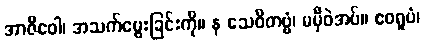
အာဇီဝေါ၊ အသက်မွေးခြင်းကို။ န သေဝိတဗ္ဗံ၊ မမှီဝဲအပ်။ ဧဝရူပံ၊